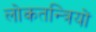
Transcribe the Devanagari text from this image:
लोकतन्त्रियों